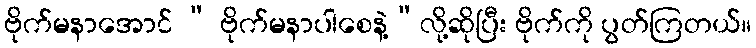
ဗိုက်မနာအောင် “ ဗိုက်မနာပါစေနဲ့”လို့ဆိုပြီး ဗိုက်ကို ပွတ်ကြတယ်။